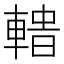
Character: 𨍟